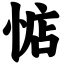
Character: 惦